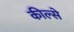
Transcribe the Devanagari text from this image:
कील्से